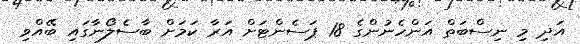
އަދި މި ނިސްބަތް އަންހެނުންގެ 18 ޕަސެންޓަށް އަރާ ކަމަށް ބާސެލޯނާގައި ބޭއްވި